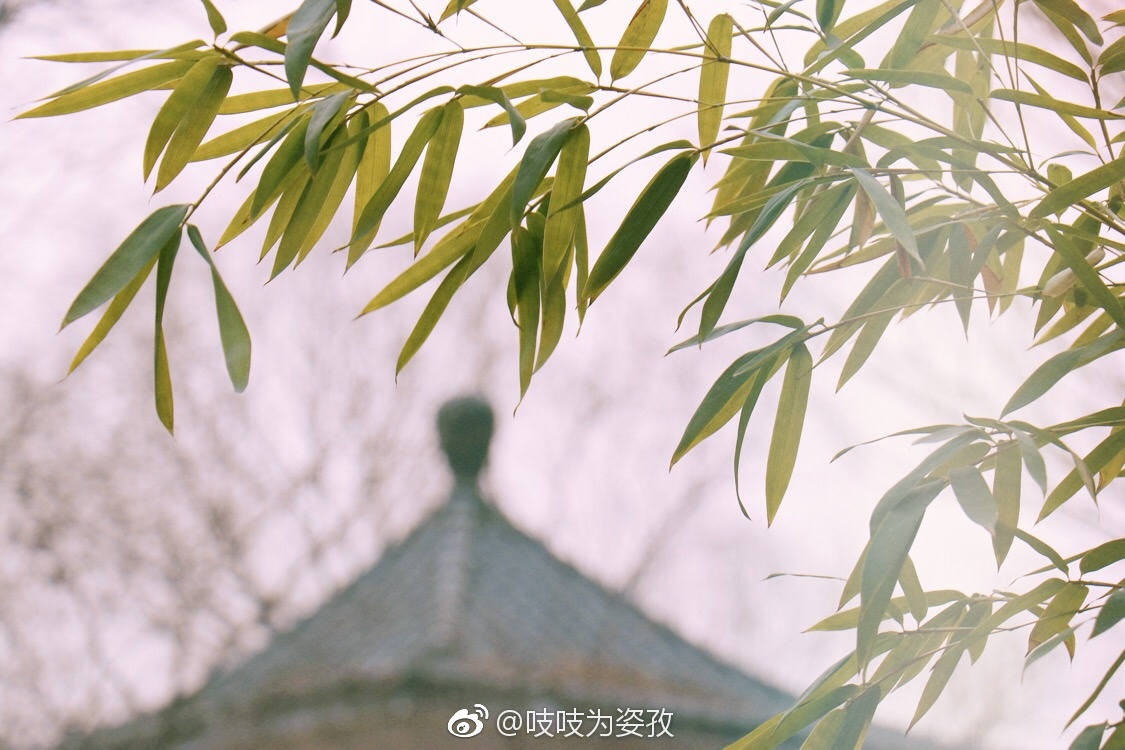
不种闲花，池亭畔几竿修竹。